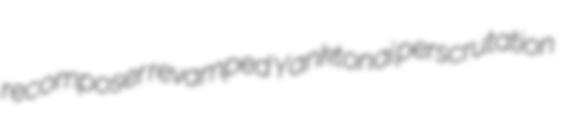
recomposer revamped Yanktonai perscrutation